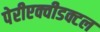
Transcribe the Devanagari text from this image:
पेरीएक्वीडक्टल